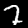
Label: 7